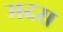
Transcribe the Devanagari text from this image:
मदस